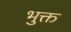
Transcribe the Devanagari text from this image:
भुक्त